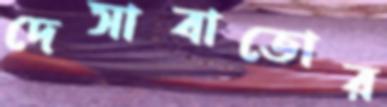
দেসাবাতোর